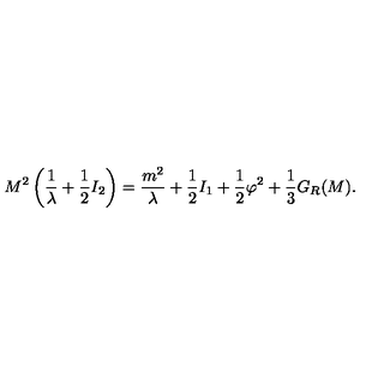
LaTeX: M ^ { 2 } \left( \frac { 1 } { \lambda } + \frac { 1 } { 2 } I _ { 2 } \right) = \frac { m ^ { 2 } } { \lambda } + \frac { 1 } { 2 } I _ { 1 } + \frac { 1 } { 2 } \varphi ^ { 2 } + \frac { 1 } { 3 } G _ { R } ( M ) .